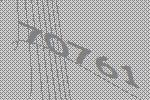
70761